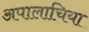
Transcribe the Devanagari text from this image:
अपालाचिया